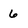
Character: 6